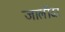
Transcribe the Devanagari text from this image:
जालींदर